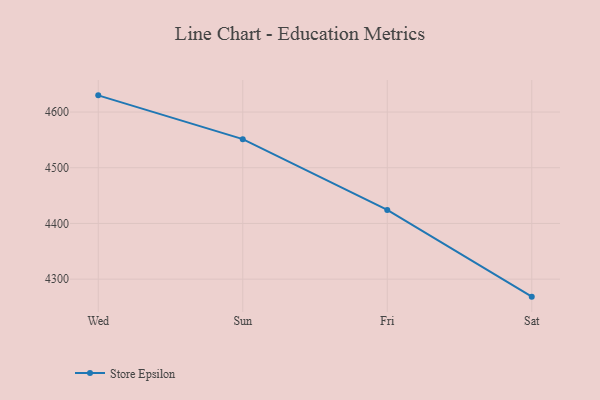
{"axis": {"x": "Day", "y": "Temperature (°C)"}, "legend": ["Store Epsilon"], "data": [{"x": "Wed", "y": 4629.9, "type": "Store Epsilon"}, {"x": "Sun", "y": 4551.3, "type": "Store Epsilon"}, {"x": "Fri", "y": 4424.3, "type": "Store Epsilon"}, {"x": "Sat", "y": 4268.6, "type": "Store Epsilon"}]}